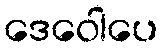
ဒေဝေါပေ